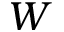
W